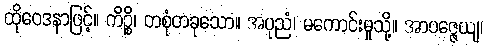
ထိုဝေဒနာဖြင့်။ ကိဉ္စိ၊ တစုံတခုသော။ အပုညံ၊ မကောင်းမှုသို့။ အာပဇ္ဇေယျ၊